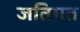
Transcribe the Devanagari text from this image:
जतिगत